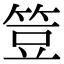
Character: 䇺